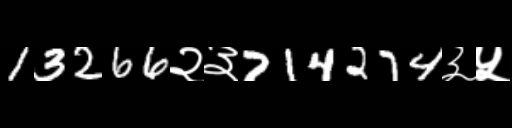
Text: 13266२३714274३५